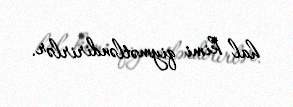
hal kimi qiymətləndirirlər.